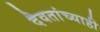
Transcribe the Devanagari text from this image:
दैवतांच्याही